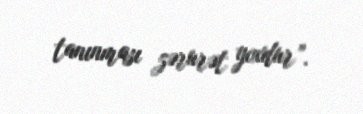
tanınması zərurət yoxdur”.